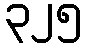
၃၂၅